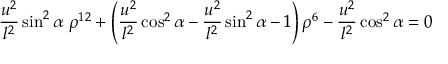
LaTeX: { \frac { u ^ { 2 } } { l ^ { 2 } } } \sin ^ { 2 } \alpha ~ \rho ^ { 1 2 } + \left( { \frac { u ^ { 2 } } { l ^ { 2 } } } \cos ^ { 2 } \alpha - { \frac { u ^ { 2 } } { l ^ { 2 } } } \sin ^ { 2 } \alpha - 1 \right) \rho ^ { 6 } - { \frac { u ^ { 2 } } { l ^ { 2 } } } \cos ^ { 2 } \alpha = 0